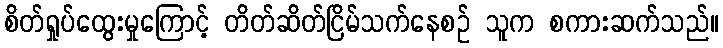
စိတ်ရှုပ်ထွေးမှုကြောင့် တိတ်ဆိတ်ငြိမ်သက်နေစဉ် သူက စကားဆက်သည်။